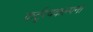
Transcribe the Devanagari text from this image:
कर्तृत्वकल्पना